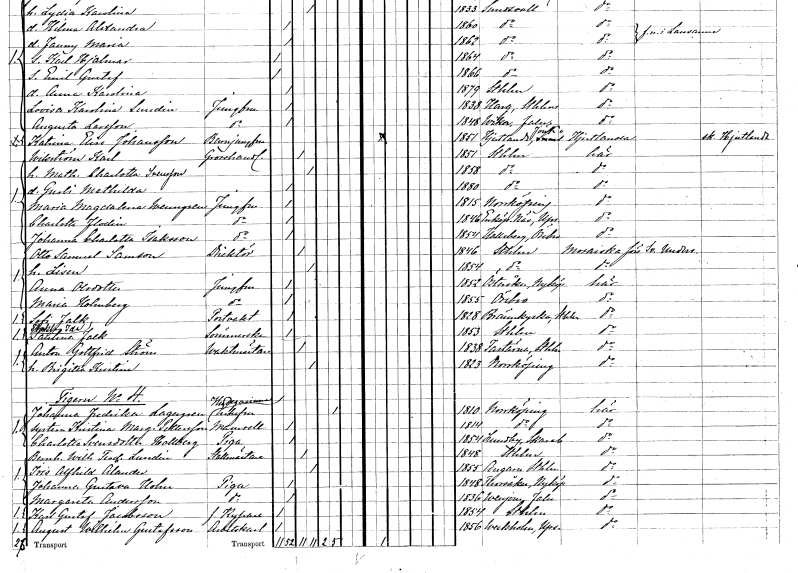
gt_parse: households: individuals: FN: Katrina Elise
EN: Johansson
YRKE: Barnjungfru
KON: K
CIV: O
FODAR: 1851
FODFORS: Hjärtlanda Jönköpings län
FN: Karl
EN: Wikström
YRKE: Grosshandlare
KON: M
CIV: G
FODAR: 1851
FODFORS: Stockholm
FN: Mathilda Charlotta
EN: Svensson
KON: K
CIV: G
FODAR: 1858
FODFORS: Stockholm
FN: Gurli Mathilda
KON: K
CIV: O
FODAR: 1880
FODFORS: Stockholm
FN: Maria Magdalena
EN: Wenngren
YRKE: Jungfru
KON: K
CIV: O
FODAR: 1815
FODFORS: Norrköping Östergötlands län
FN: Charlotta
EN: Flodin
YRKE: Jungfru
KON: K
CIV: O
FODAR: 1846
FODFORS: Enköpings-Näs Uppsala län
FN: Johanna Charlotta
EN: Isaksson
YRKE: Jungfru
KON: K
CIV: O
FODAR: 1854
FODFORS: Hallsberg Örebro län
FN: Otto Samuel
EN: Samson
YRKE: Direktör
KON: M
CIV: G
FODAR: 1846
FODFORS: Stockholm
FN: Lisen
KON: K
CIV: G
FODAR: 1854
FODFORS: Stockholm
FN: Anna
EN: Olsdotter
YRKE: Jungfru
KON: K
CIV: O
FODAR: 1852
FODFORS: Österåker Södermanlands län
FN: Maria
EN: Holmberg
YRKE: Jungfru
KON: K
CIV: O
FODAR: 1855
FODFORS: Örebro Örebro län
FN: Sofi
EN: Falk
YRKE: Portvakt
KON: K
CIV: O
FODAR: 1828
FODFORS: Brännkyrka Stockholms län
FN: Thekla Ida Paulina
EN: Falk
YRKE: Sömmerska
KON: K
CIV: O
FODAR: 1853
FODFORS: Stockholm
FN: Anton Gottfrid
EN: Ström
YRKE: Vaktmästare
KON: M
CIV: G
FODAR: 1838
FODFORS: Fasterna Stockholms län
FN: Brigitta Kristina
KON: K
CIV: G
FODAR: 1823
FODFORS: Norrköping Östergötlands län
FN: Johanna Fredrika
EN: Lagergren
YRKE: Husägarinna
KON: K
CIV: E
FODAR: 1810
FODFORS: Norrköping Östergötlands län
FN: Kristina Margareta
EN: Pettersson
KON: K
CIV: O
FODAR: 1814
FODFORS: Norrköping Östergötlands län
FN: Charlotta
EN: Svensdotter Hollberg
YRKE: Piga
KON: K
CIV: O
FODAR: 1854
FODFORS: Lundby Skaraborgs län
FN: Bernhard Wilhelm Teodor
EN: Lundin
YRKE: Stallmästare
KON: M
CIV: G
FODAR: 1848
FODFORS: Stockholm
FN: Iris Alfhild
EN: Ålander
KON: K
CIV: G
FODAR: 1855
FODFORS: Angarn Stockholms län
FN: Johanna Gustava
EN: Holm
YRKE: Piga
KON: K
CIV: O
FODAR: 1848
FODFORS: Torsåker Södermanlands län
FN: Margareta
EN: Andersson
YRKE: Piga
KON: K
CIV: O
FODAR: 1836
FODFORS: Venjan Kopparbergs län
FN: Karl Gustaf
EN: Jacobsson
YRKE: Kypare f.d.
KON: M
CIV: O
FODAR: 1854
FODFORS: Stockholm
FN: August Wilhelm
EN: Gustafsson
YRKE: Arbetskarl
KON: M
CIV: O
FODAR: 1856
FODFORS: Veckholm Uppsala län